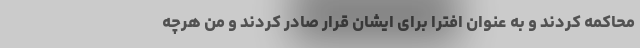
محاکمه کردند و به عنوان افترا برای ایشان قرار صادر کردند و من هرچه